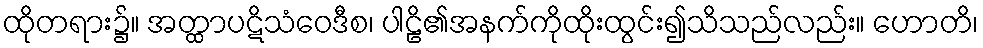
ထိုတရား၌။ အတ္ထာပဋိသံဝေဒီစ၊ ပါဠိ၏အနက်ကိုထိုးထွင်း၍သိသည်လည်း။ ဟောတိ၊